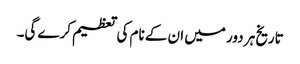
تاریخ ہر دور میں ان کے نام کی تعظیم کرے گی۔